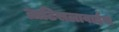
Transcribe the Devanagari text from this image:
व्राटिसलावाईस